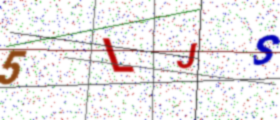
Text: 5LJS